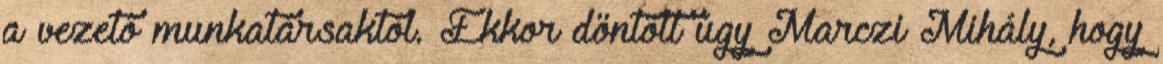
a vezetô munkatársaktól. Ekkor döntött úgy Marczi Mihály, hogy